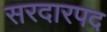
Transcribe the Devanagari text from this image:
सरदारपद